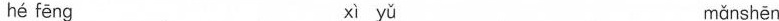
hé fēng xì yǔ mǎnshēn